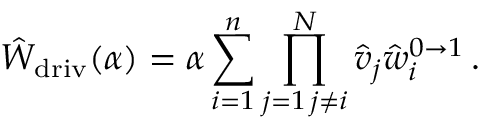
\hat { W } _ { \mathrm { d r i v } } ( \alpha ) = \alpha \sum _ { i = 1 } ^ { n } \prod _ { \substack { j = 1 \, j \neq i } } ^ { N } \hat { v } _ { j } \hat { w } _ { i } ^ { 0 \to 1 } \, .